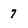
Character: 7